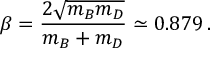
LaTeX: \beta = { \frac { 2 \sqrt { m _ { B } m _ { D } } } { m _ { B } + m _ { D } } } \simeq 0 . 8 7 9 \, .